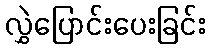
လွှဲပြောင်းပေးခြင်း